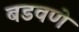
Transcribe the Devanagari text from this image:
बडवणे